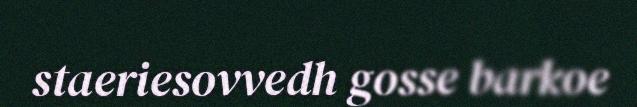
staeriesovvedh gosse barkoe